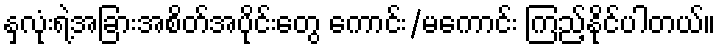
နှလုံးရဲ့အခြားအစိတ်အပိုင်းတွေ ကောင်း/မကောင်း ကြည့်နိုင်ပါတယ်။